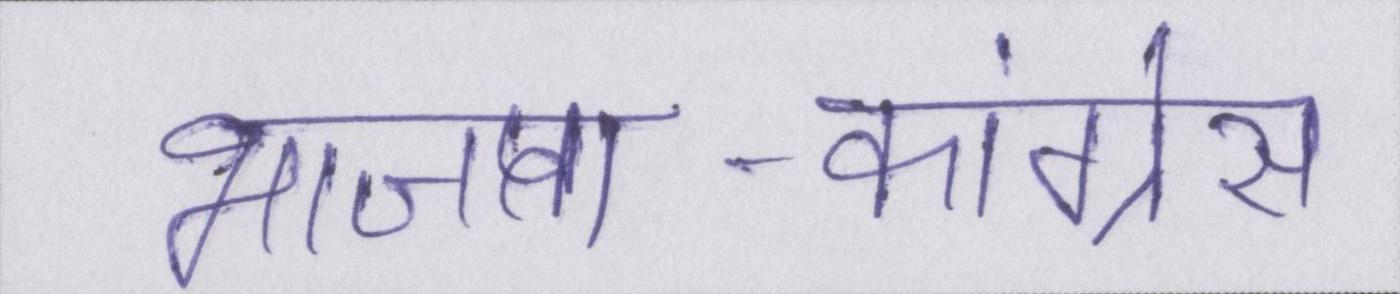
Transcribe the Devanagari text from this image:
भाजपा-कांग्रेस